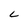
Character: C